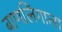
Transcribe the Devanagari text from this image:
बाणलिंगाला